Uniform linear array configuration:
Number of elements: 48
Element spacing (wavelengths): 0.25
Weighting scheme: hann
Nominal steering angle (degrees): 0
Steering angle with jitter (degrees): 0.2845
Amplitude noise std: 0.05
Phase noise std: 0.05

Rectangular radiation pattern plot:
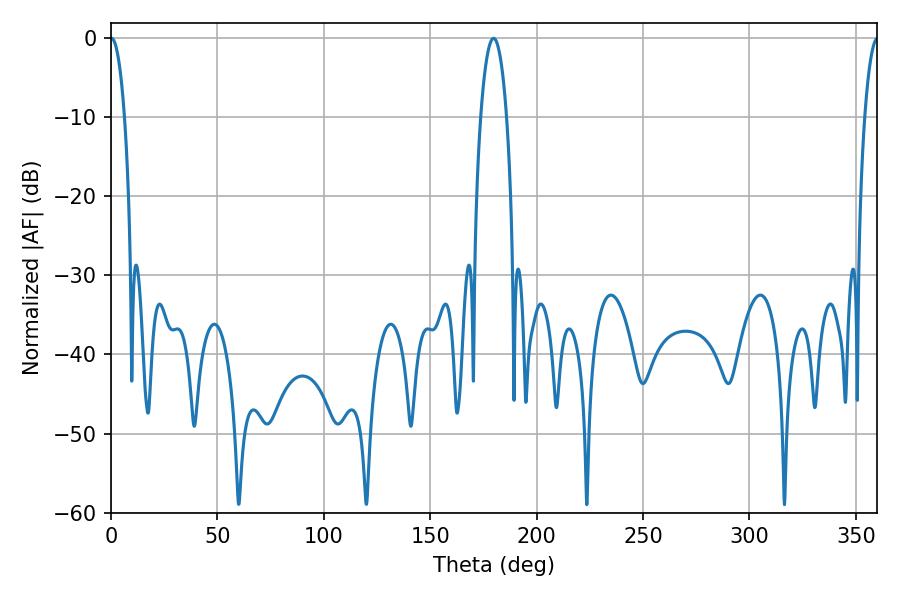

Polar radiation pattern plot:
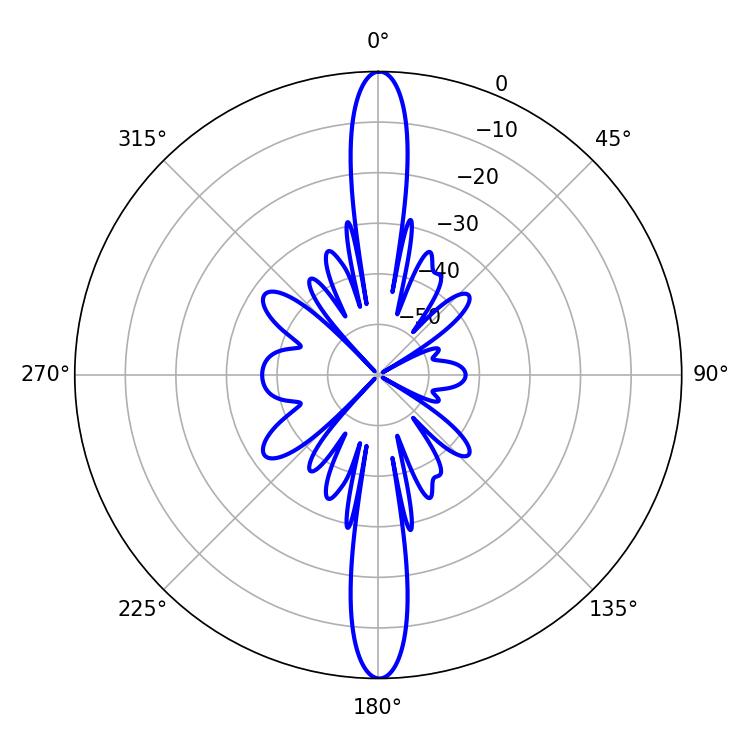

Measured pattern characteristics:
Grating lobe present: FALSE
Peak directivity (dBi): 33.933
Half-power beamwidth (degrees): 3.6
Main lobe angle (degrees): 0.18